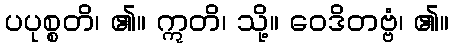
ပပုစ္စတိ၊ ၏။ ဣတိ၊ သို့။ ဝေဒိတဗ္ဗံ၊ ၏။